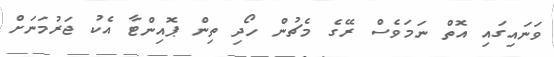
ވަނައިގައި އޮތް ނަމަވެސް ރޭގެ މެޗުން ހޯދި ތިން ޕޮއިންޓާ އެކު ޖަރުމަނަށް